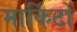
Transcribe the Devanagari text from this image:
मार्किटों